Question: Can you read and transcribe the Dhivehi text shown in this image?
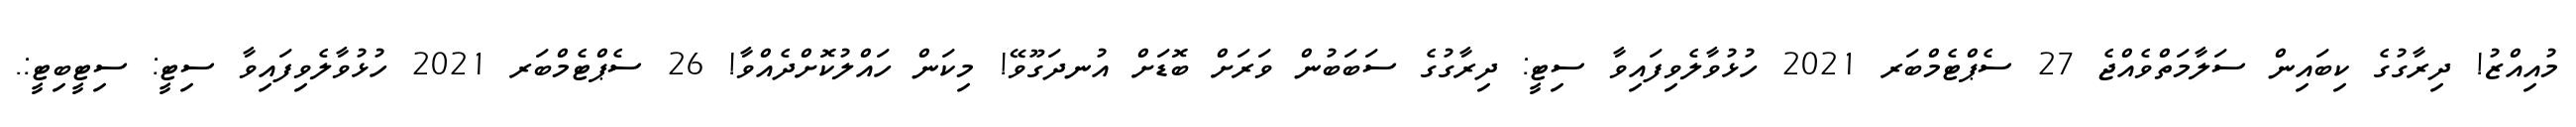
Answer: މުއިއްޒު! ދިރާގުގެ ކިބައިން ސަލާމަތްވެއްޖެ 27 ސެޕްޓެމްބަރ 2021 ހުޅުވާލެވިފައިވާ ސިޓީ: ދިރާގުގެ ސަބަބުން ވަރަށް ބޮޑަށް އުނދަގޫވޭ! މިކަން ހައްލުކޮށްދެއްވާ! 26 ސެޕްޓެމްބަރ 2021 ހުޅުވާލެވިފައިވާ ސިޓީ: ސިޓީބިޓީ:.